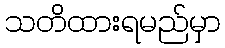
သတိထားရမည်မှာ